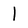
Character: 1